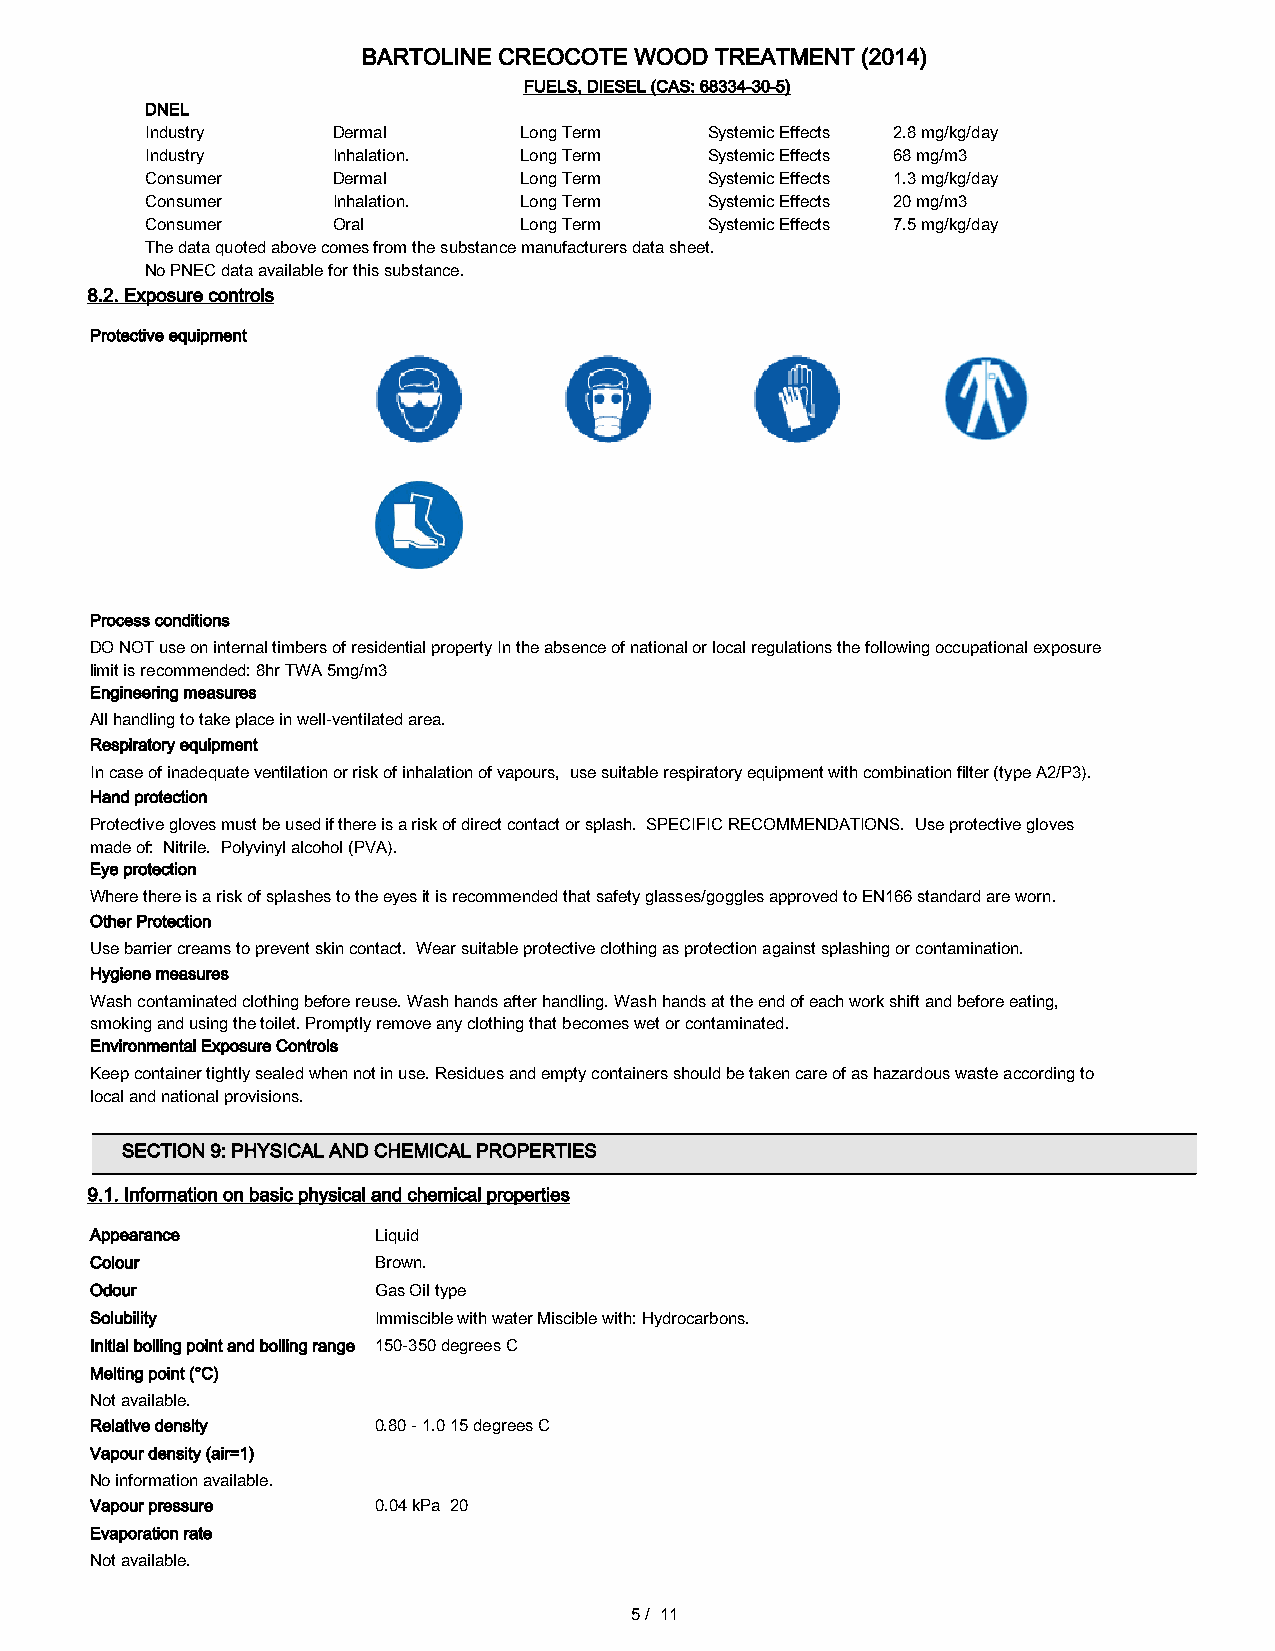
BARTOLINE CREOCOTE WOOD TREATMENT (2014)
 FUELS, DIESEL (CAS: 68334-30-5)
 DNEL
 Industry    Dermal      Long Term    Systemic Effects 2.8 mg/kg/day
 Industry    Inhalation. Long Term    Systemic Effects 68 mg/m3
 Consumer    Dermal      Long Term    Systemic Effects 1.3 mg/kg/day
 Consumer    Inhalation. Long Term    Systemic Effects 20 mg/m3
 Consumer    Oral        Long Term    Systemic Effects 7.5 mg/kg/day
 The data quoted above comes from the substance manufacturers data sheet.
 No PNEC data available for this substance.
 8.2. Exposure controls
 Protective equipment
 Process conditions
 DO NOT use on internal timbers of residential property In the absence of national or local regulations the following occupational exposure
 limit is recommended: 8hr TWA 5mg/m3
 Engineering measures
 All handling to take place in well-ventilated area.
 Respiratory equipment
 In case of inadequate ventilation or risk of inhalation of vapours, use suitable respiratory equipment with combination filter (type A2/P3).
 Hand protection
 Protective gloves must be used if there is a risk of direct contact or splash. SPECIFIC RECOMMENDATIONS. Use protective gloves
 made of: Nitrile. Polyvinyl alcohol (PVA).
 Eye protection
 Where there is a risk of splashes to the eyes it is recommended that safety glasses/goggles approved to EN166 standard are worn.
 Other Protection
 Use barrier creams to prevent skin contact. Wear suitable protective clothing as protection against splashing or contamination.
 Hygiene measures
 Wash contaminated clothing before reuse. Wash hands after handling. Wash hands at the end of each work shift and before eating,
 smoking and using the toilet. Promptly remove any clothing that becomes wet or contaminated.
 Environmental Exposure Controls
 Keep container tightly sealed when not in use. Residues and empty containers should be taken care of as hazardous waste according to
 local and national provisions.
 SECTION 9: PHYSICAL AND CHEMICAL PROPERTIES
 9.1. Information on basic physical and chemical properties
 Appearance         Liquid
 Colour             Brown.
 Odour              Gas Oil type
 Solubility         Immiscible with water Miscible with: Hydrocarbons.
 Initial boiling point and boiling range 150-350 degrees C
 Melting point (°C)
 Not available.
 Relative density   0.80 - 1.0 15 degrees C
 Vapour density (air=1)
 No information available.
 Vapour pressure    0.04 kPa 20
 Evaporation rate
 Not available.
 5/ 11